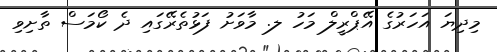
މިދިޔަ އަހަރުގެ އޭޕްރީލް މަހު ލ. މާވަށު ފަޅުތެރޭގައި ދެ ކޯމަސް ތާށިވި